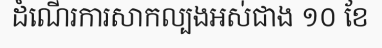
ដំណើរការសាកល្បងអស់ជាង ១០ ខែ